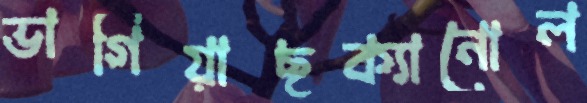
ভাগিয়াছক্যানোল